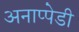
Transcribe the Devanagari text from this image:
अनाप्पेडी